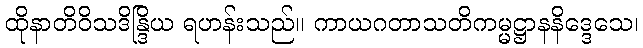
ထိုနာတိဝိသဒိန္ဒြိယ ရဟန်းသည်။ ကာယဂတာသတိကမ္မဋ္ဌာနနိဒ္ဒေသေ၊